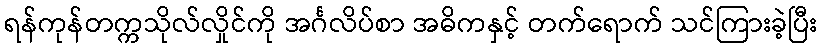
ရန်ကုန်တက္ကသိုလ်လှိုင်ကို အင်္ဂလိပ်စာ အဓိကနှင့် တက်ရောက် သင်ကြားခဲ့ပြီး